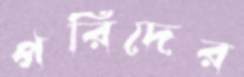
পরিদের